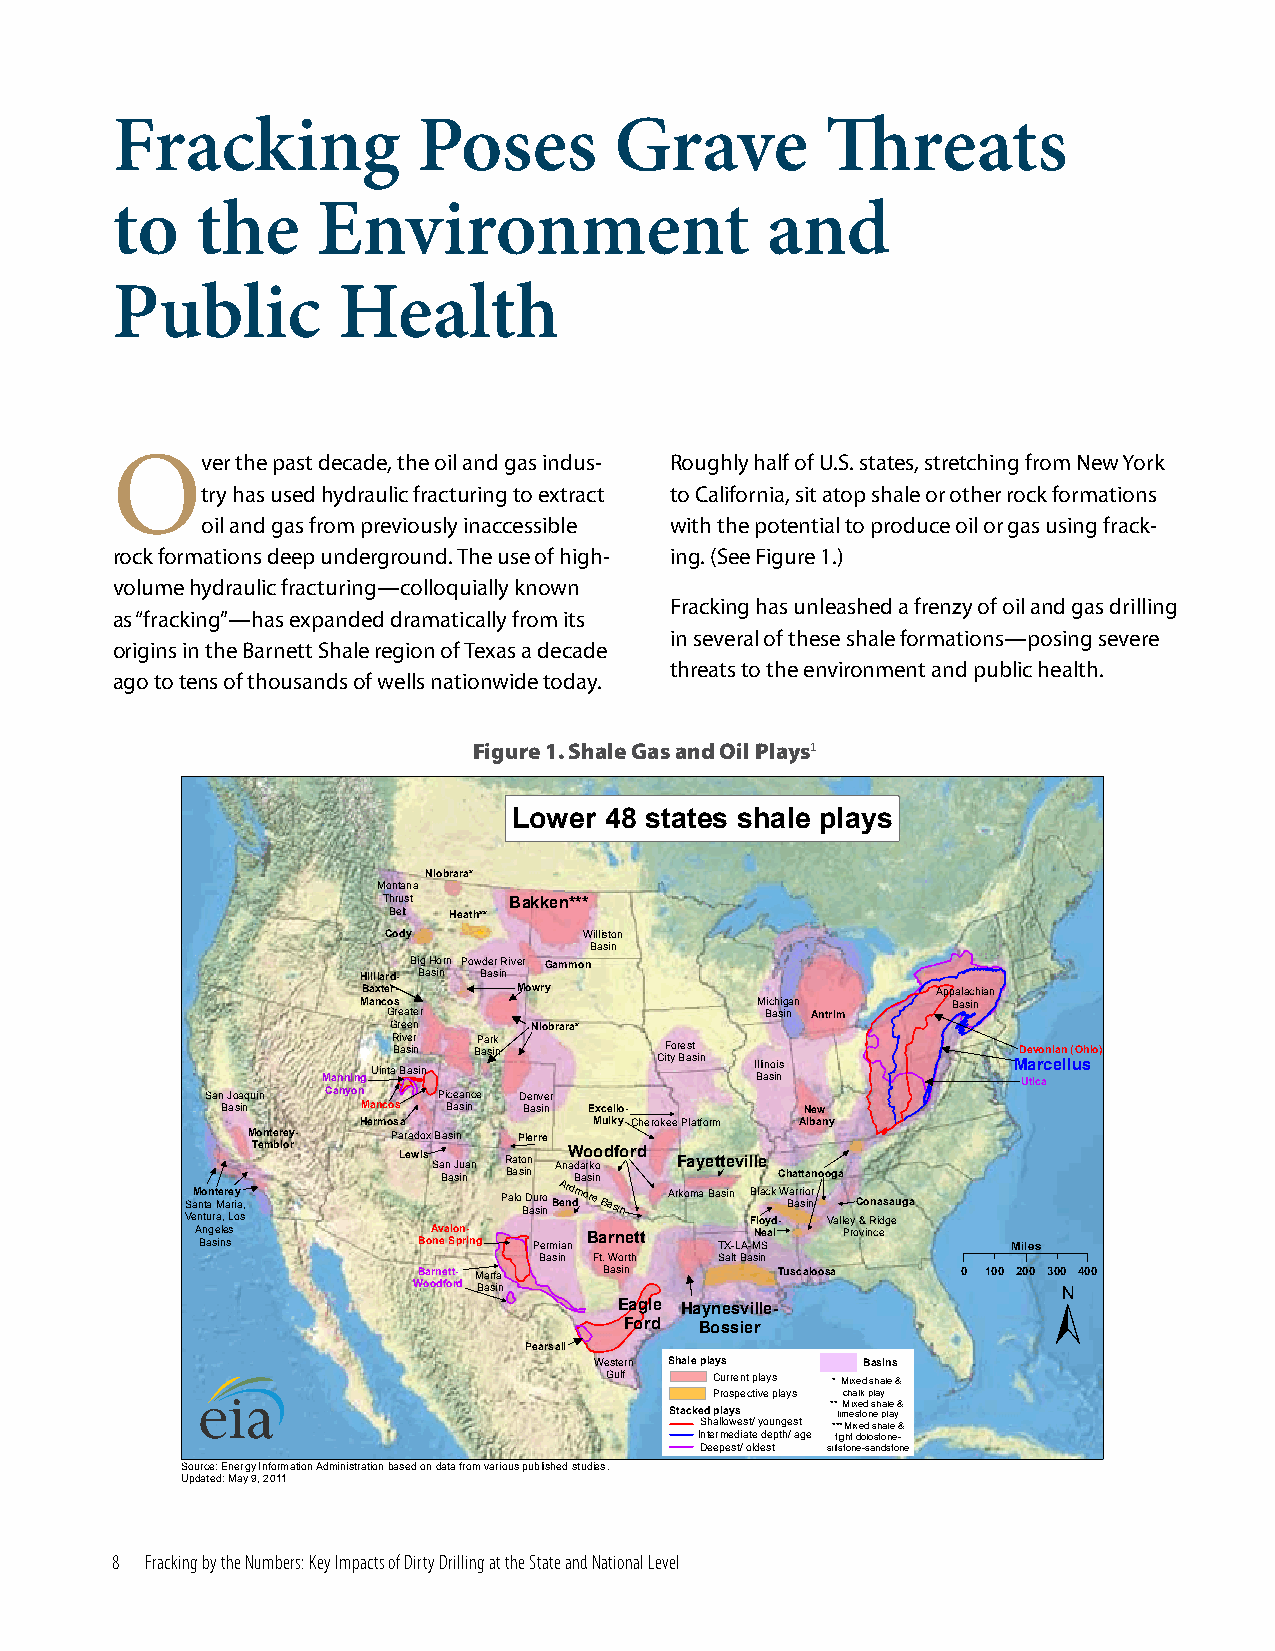
Fracking             Poses        Grave         Threats
 to    the     Environment                   and
 Public         Health
 Over     the past decade, the oil and gas indus- Roughly half of U.S. states, stretching from New York
 try has used hydraulic fracturing to extract to California, sit atop shale or other rock formations
 oil and gas from previously inaccessible with the potential to produce oil or gas using frack-
 rock formations deep underground. The use of high- ing. (See Figure 1.)
 volume hydraulic fracturing—colloquially known
 Fracking has unleashed a frenzy of oil and gas drilling
 as “fracking”—has expanded dramatically from its
 in several of these shale formations—posing severe
 origins in the Barnett Shale region of Texas a decade
 threats to the environment and public health.
 ago to tens of thousands of wells nationwide today.
 Figure 1. Shale Gas and Oil Plays1
 Lower 48 states shale plays
 Niobrara*
 Montana
 Thrust   Bakken***
 Belt Heath**
 Cody          Williston
 Basin
 Big Horn Powder River Gammon
 Hilliard- Basin Basin
 Baxter-   Mowry                       Appalachian
 Mancos                    Michigan     Basin
 Greater                  Basin Antrim
 Green    Niobrara*
 ManningUintaR B Bi av s ae i sr n in BP aa sr ik n CiF tyo r Be ast s in I Blli an so ii ns MD Ue a tiv cro acni ean ll ( uO shio)
 San Joaquin Canyon Piceance Denver
 Basin    Mancos Basin Basin Excello-  New
 Hermosa        Mulky Cherokee Platform Albany
 Monterey- Paradox Basin Pierre
 Temblor  Lewis Sa Bn
 a
 J su inan R Ba at so inn AnaW d Ba ao r sk io nodford Fayetteville
 Chattanooga
 VS eaM nno tt uan
 r
 t aMe ,r a Le r oiy a s, Palo BD au sr io nBA er nd dmore Basin Arkoma Basin FB ll oac yk
 d
 -W Ba arr sio inr
 Valley
 C &o Rn ia ds ga eu ga
 A Bn ag se inle ss BoA nv ea Slo pn ri- ng Permian Barnett TX-LA-MN Seal Province Miles
 Basin Ft. Worth Salt Basin
 Barnett- Marfa Basin    Tuscaloosa  0 100 200 30±0 400
 Woodford Basin
 Eagle Haynesville-
 Ford Bossier
 Pearsall
 Western Shale plays BasinBsasins
 Gulf   Current plays * Mixed shale &
 Prospective plays chalk play
 ** Mixed shale &
 Stacked plays limestone play
 Shallowest/ youngest ***Mixed shale &
 Intermediate depth/ age tight dolostone-
 Deepest/ oldest siltstone-sandstone
 Source: Energy Information Administration based on data from various published studies.
 Updated: May 9, 2011
 8  Fracking by the Numbers: Key Impacts of Dirty Drilling at the State and National Level